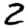
Digit: 2